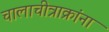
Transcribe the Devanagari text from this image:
चालाचीत्राक्रांना